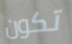
تكون